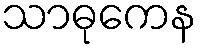
သာဓုကေန